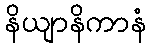
နိယျာနိကာနံ